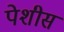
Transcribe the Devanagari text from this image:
पेशीस